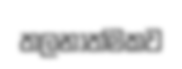
තලනාත්මකව